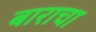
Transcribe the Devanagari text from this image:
बाराचा